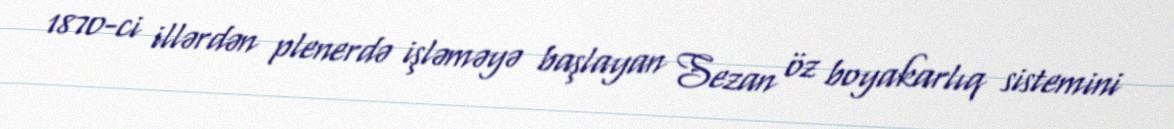
1870-ci illərdən plenerdə işləməyə başlayan Sezan öz boyakarlıq sistemini